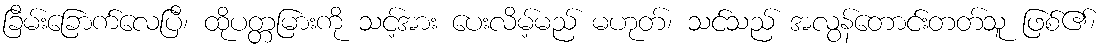
ခြိမ်းခြောက်လေပြီ၊ ထိုပတ္တမြားကို သင့်အား ပေးလိမ့်မည် မဟုတ်၊ သင်သည် အလွန်တောင်းတတ်သူ ဖြစ်၏၊